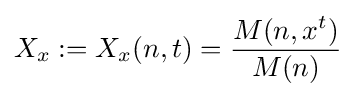
X_{x}:=X_{x}(n,t)={\frac {M(n,x^{t})}{M(n)}}